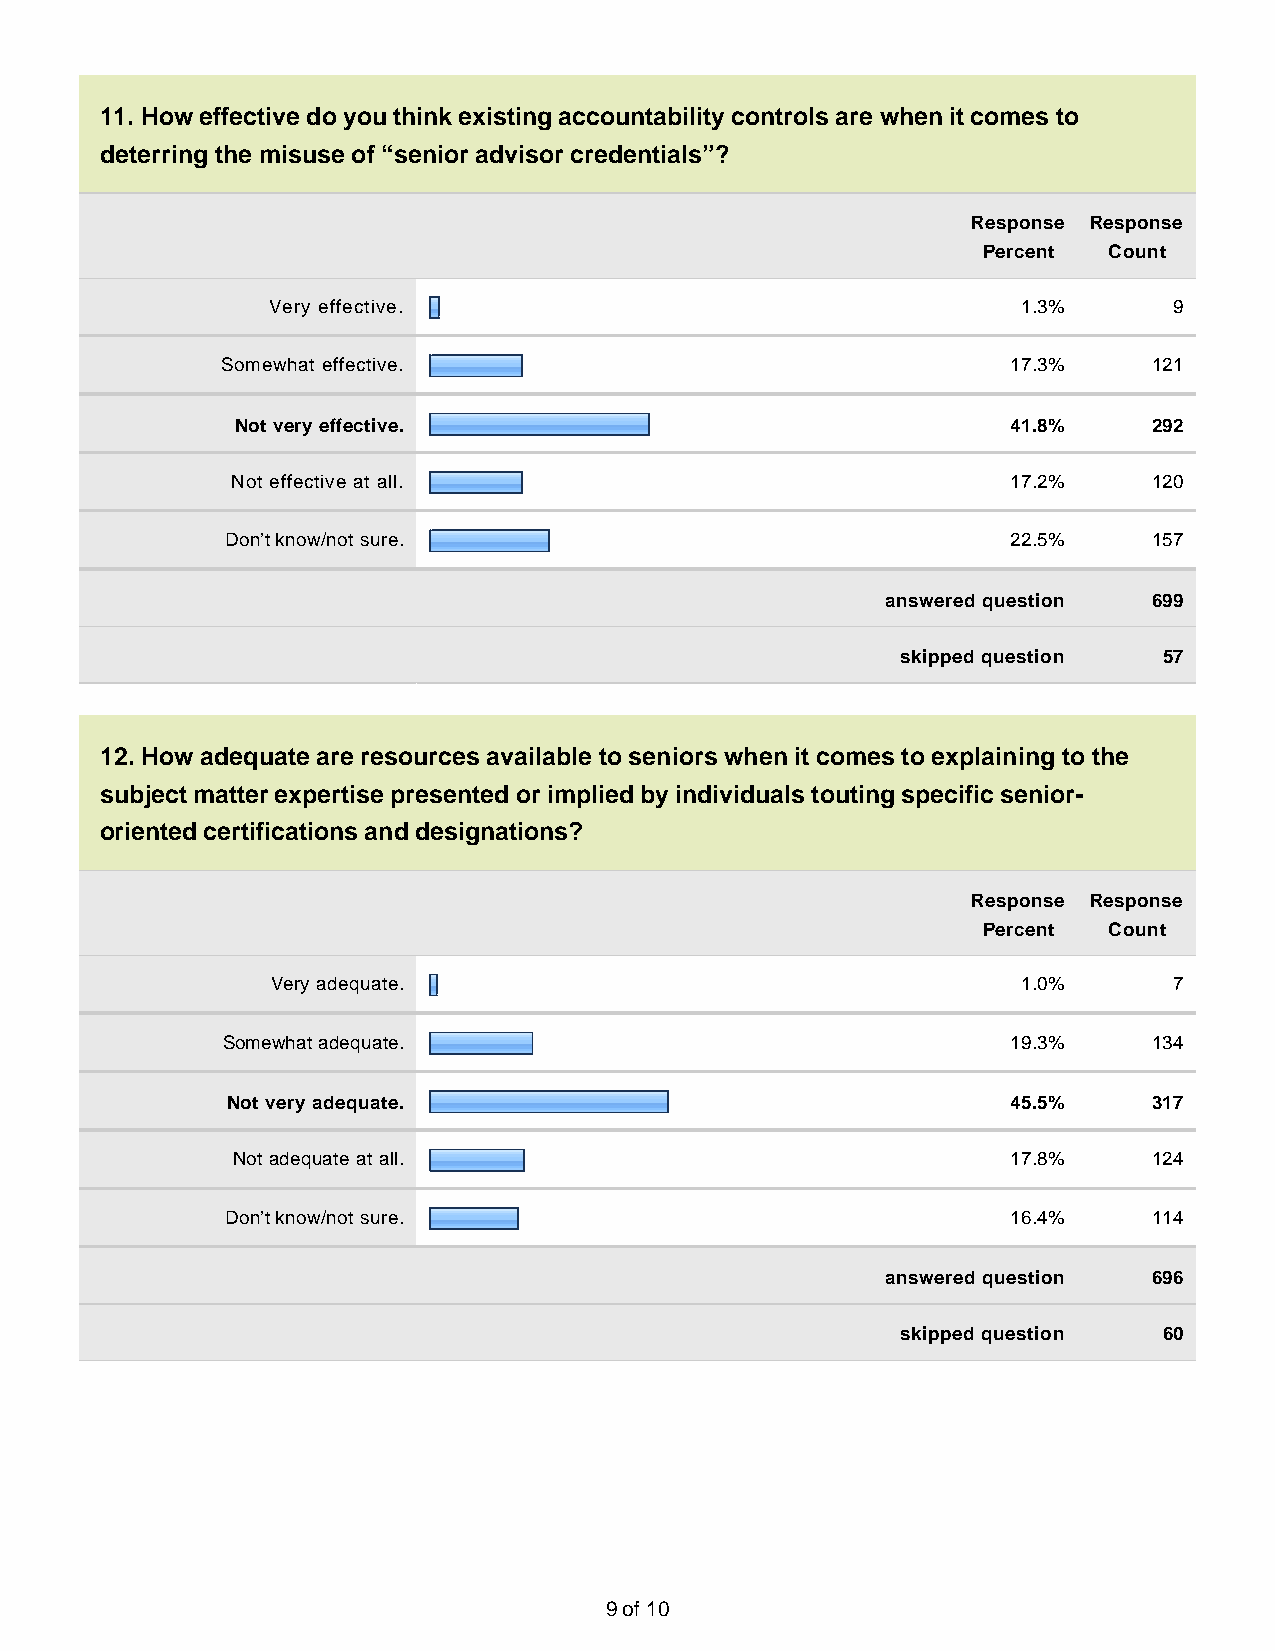
11. How effective do you think existing accountability controls are when it comes to
 deterring the misuse of “senior advisor credentials”?
 Response Response
 Percent Count
 Very effective.                                   1.3%      9
 Somewhat effective.                                 17.3%    121
 Not very effective.                                41.8%    292
 Not effective at all.                               17.2%    120
 Don’t know/not sure.                                22.5%    157
 answered question 699
 skipped question 57
 12. How adequate are resources available to seniors when it comes to explaining to the
 subject matter expertise presented or implied by individuals touting specific senior-
 oriented certifications and designations?
 Response Response
 Percent Count
 Very adequate.                                    1.0%      7
 Somewhat adequate.                                  19.3%    134
 Not very adequate.                                  45.5%    317
 Not adequate at all.                                17.8%    124
 Don’t know/not sure.                                16.4%    114
 answered question 696
 skipped question 60
 9 of 10